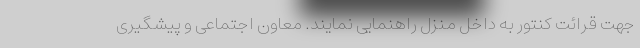
جهت قرائت کنتور به داخل منزل راهنمایی نمایند. معاون اجتماعی و پیشگیری